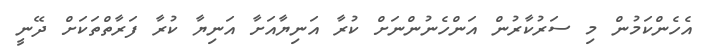
އެހެންކަމުން މި ސަރުކާރުން އަންހެނުންނަށް ކުރާ އަނިޔާއަށާ އަނިޔާ ކުރާ ފަރާތްތަކަށް ދޭނީ